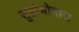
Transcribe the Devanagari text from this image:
सुडोमोनास